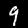
Label: 9